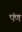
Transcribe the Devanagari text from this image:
पंण